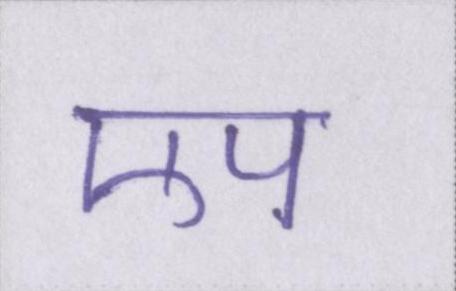
एप